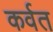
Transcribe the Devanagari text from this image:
कर्वत